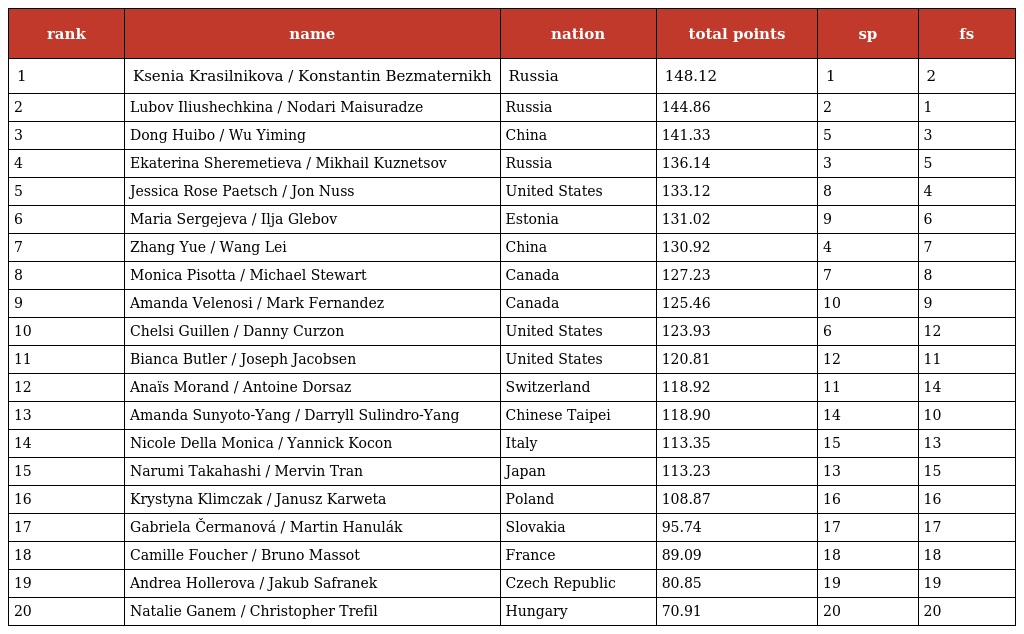
| rank | name | nation | total points | sp | fs |
 | --- | --- | --- | --- | --- | --- |
 | 1 | Ksenia Krasilnikova / Konstantin Bezmaternikh | Russia | 148.12 | 1 | 2 |
 | 2 | Lubov Iliushechkina / Nodari Maisuradze | Russia | 144.86 | 2 | 1 |
 | 3 | Dong Huibo / Wu Yiming | China | 141.33 | 5 | 3 |
 | 4 | Ekaterina Sheremetieva / Mikhail Kuznetsov | Russia | 136.14 | 3 | 5 |
 | 5 | Jessica Rose Paetsch / Jon Nuss | United States | 133.12 | 8 | 4 |
 | 6 | Maria Sergejeva / Ilja Glebov | Estonia | 131.02 | 9 | 6 |
 | 7 | Zhang Yue / Wang Lei | China | 130.92 | 4 | 7 |
 | 8 | Monica Pisotta / Michael Stewart | Canada | 127.23 | 7 | 8 |
 | 9 | Amanda Velenosi / Mark Fernandez | Canada | 125.46 | 10 | 9 |
 | 10 | Chelsi Guillen / Danny Curzon | United States | 123.93 | 6 | 12 |
 | 11 | Bianca Butler / Joseph Jacobsen | United States | 120.81 | 12 | 11 |
 | 12 | Anaïs Morand / Antoine Dorsaz | Switzerland | 118.92 | 11 | 14 |
 | 13 | Amanda Sunyoto-Yang / Darryll Sulindro-Yang | Chinese Taipei | 118.90 | 14 | 10 |
 | 14 | Nicole Della Monica / Yannick Kocon | Italy | 113.35 | 15 | 13 |
 | 15 | Narumi Takahashi / Mervin Tran | Japan | 113.23 | 13 | 15 |
 | 16 | Krystyna Klimczak / Janusz Karweta | Poland | 108.87 | 16 | 16 |
 | 17 | Gabriela Čermanová / Martin Hanulák | Slovakia | 95.74 | 17 | 17 |
 | 18 | Camille Foucher / Bruno Massot | France | 89.09 | 18 | 18 |
 | 19 | Andrea Hollerova / Jakub Safranek | Czech Republic | 80.85 | 19 | 19 |
 | 20 | Natalie Ganem / Christopher Trefil | Hungary | 70.91 | 20 | 20 |